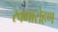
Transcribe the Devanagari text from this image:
स्वगारोहण